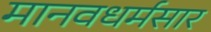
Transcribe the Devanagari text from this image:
मानवधर्मसार